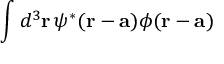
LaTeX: \int d ^ { 3 } \mathbf { r } \, \psi ^ { * } ( \mathbf { r } - \mathbf { a } ) \phi ( \mathbf { r } - \mathbf { a } )